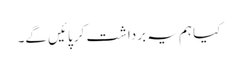
کیا ہم یہ برداشت کر پائیں گے۔